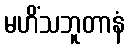
မဟိံသဘူတာနံ